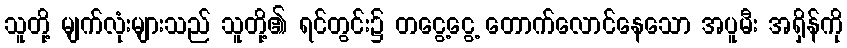
သူတို့ မျက်လုံးများသည် သူတို့၏ ရင်တွင်း၌ တငွေ့ငွေ့ တောက်လောင်နေသော အပူမီး အရှိန်ကို